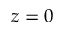
z = 0